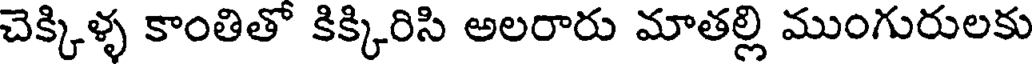
చెక్కిళ్ళ కాంతితో కిక్కిరిసి అలరారు మాతల్లి ముంగురులకు